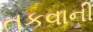
તકવાની